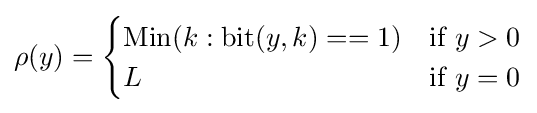
\rho (y)={\begin{cases}\mathrm {Min} (k:\mathrm {bit} (y,k)==1)&{\text{if }}y>0\\L&{\text{if }}y=0\end{cases}}